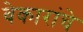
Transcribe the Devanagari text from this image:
बेकारांचे